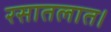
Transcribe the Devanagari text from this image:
रसातलात।